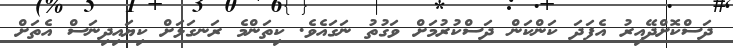
ދަސްކޮށްދޭއިރު އެފަދަ ކަންކަން ދަސްކުރުމަށް ވަގުތު ނަގައެވެ. ކިތަންމެ ރަނގަޅަށް ކިޔައިދިނަސް އެތަށް